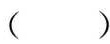
（ ）